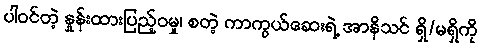
ပါဝင်တဲ့ နှုန်းထားပြည့်ဝမှု၊ စတဲ့ ကာကွယ်ဆေးရဲ့ အာနိသင် ရှိ/မရှိကို